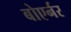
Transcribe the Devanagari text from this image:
बोएर्नर